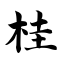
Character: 桂